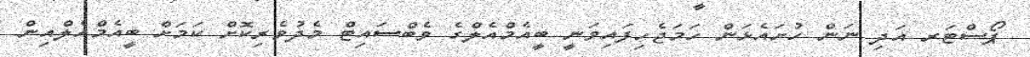
ޕޯސްޓަރ އަދި ނަން ހުށައެޅަން ހަމަޖެހިފައިވަނީ ބީއެމްއެލްގެ ވެބްސައިޓް މެދުވެރިކޮށް ކަަމަށް ބީއެމްއެލްއިން